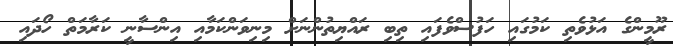
ރޫމީންގެ އަޅުވެތި ކަމުގައި ހަފުސްވެފައި ތިބި ރައްޔިތުންނަށް މިނިވަންކަމާއި އިންސާނީ ކަރާމަތް ހޯދައި